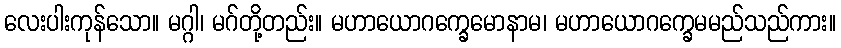
လေးပါးကုန်သော။ မဂ္ဂါ၊ မဂ်တို့တည်း။ မဟာယောဂက္ခေမောနာမ၊ မဟာယောဂက္ခေမမည်သည်ကား။